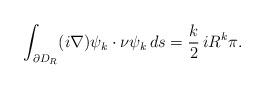
LaTeX: \begin{align*}\int_{\partial D_R}(i\nabla) \psi_k\cdot\nu\psi_k\,ds=\frac k2\, iR^k\pi.\end{align*}